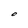
Character: O